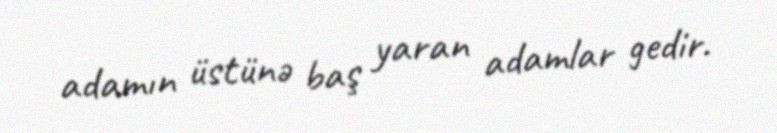
adamın üstünə baş yaran adamlar gedir.